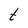
Character: t